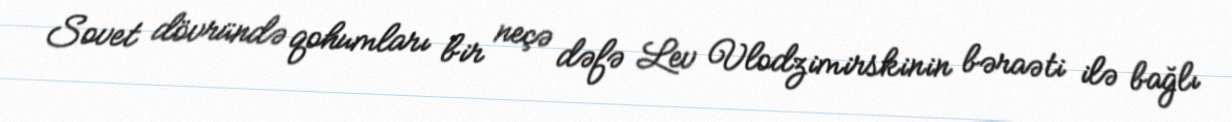
Sovet dövründə qohumları bir neçə dəfə Lev Vlodzimirskinin bəraəti ilə bağlı